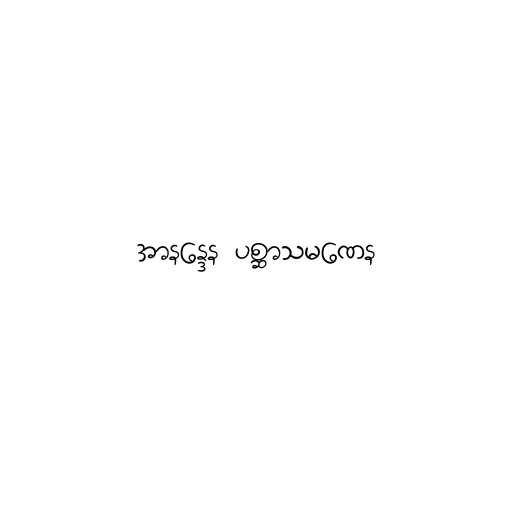
အာနန္ဒေန ပစ္ဆာသမဏေန